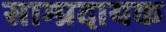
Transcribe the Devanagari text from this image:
साम्प्रदायक